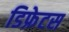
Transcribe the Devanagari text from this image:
डिफ्रेटस